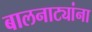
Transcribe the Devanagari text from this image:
बालनाट्यांना